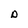
Character: D